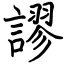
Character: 謬